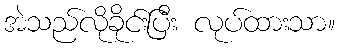
အဲသည်လိုခိုင်းပြီး လုပ်ထားသာ။